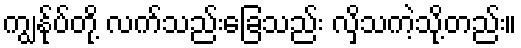
ကျွန်ုပ်တို့ လက်သည်းခြေသည်း လှိသကဲ့သို့တည်း။